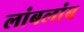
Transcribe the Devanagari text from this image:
लांबलांब